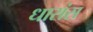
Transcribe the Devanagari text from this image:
धारांस